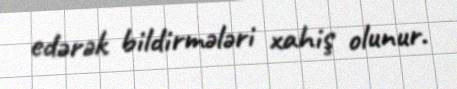
edərək bildirmələri xahiş olunur.